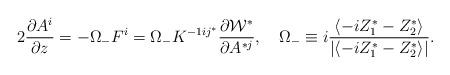
LaTeX: \begin{align*}2 {\partial A^i \over \partial z} =- \Omega_{-} F^i = \Omega_{-}K^{-1 i j^*} \frac{\partial {\cal W}^*}{ \partial A^{*j}}, \quad \Omega_{-}\equiv i\frac{\langle -i Z_1^*-Z_2^* \rangle}{|\langle -i Z_1^*-Z_2^* \rangle|} .\end{align*}